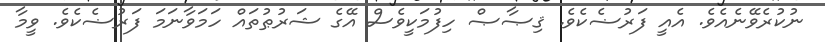
ނުކުރެވޭނެއެވެ. އެއީ ފަރުޟެކެވެ. ޤިޞާޞް ހިފުމަކީވެސް އޭގެ ޝަރުޠުތައް ހަމަވާނަމަ ފަރުޟެކެވެ. ވީމާ